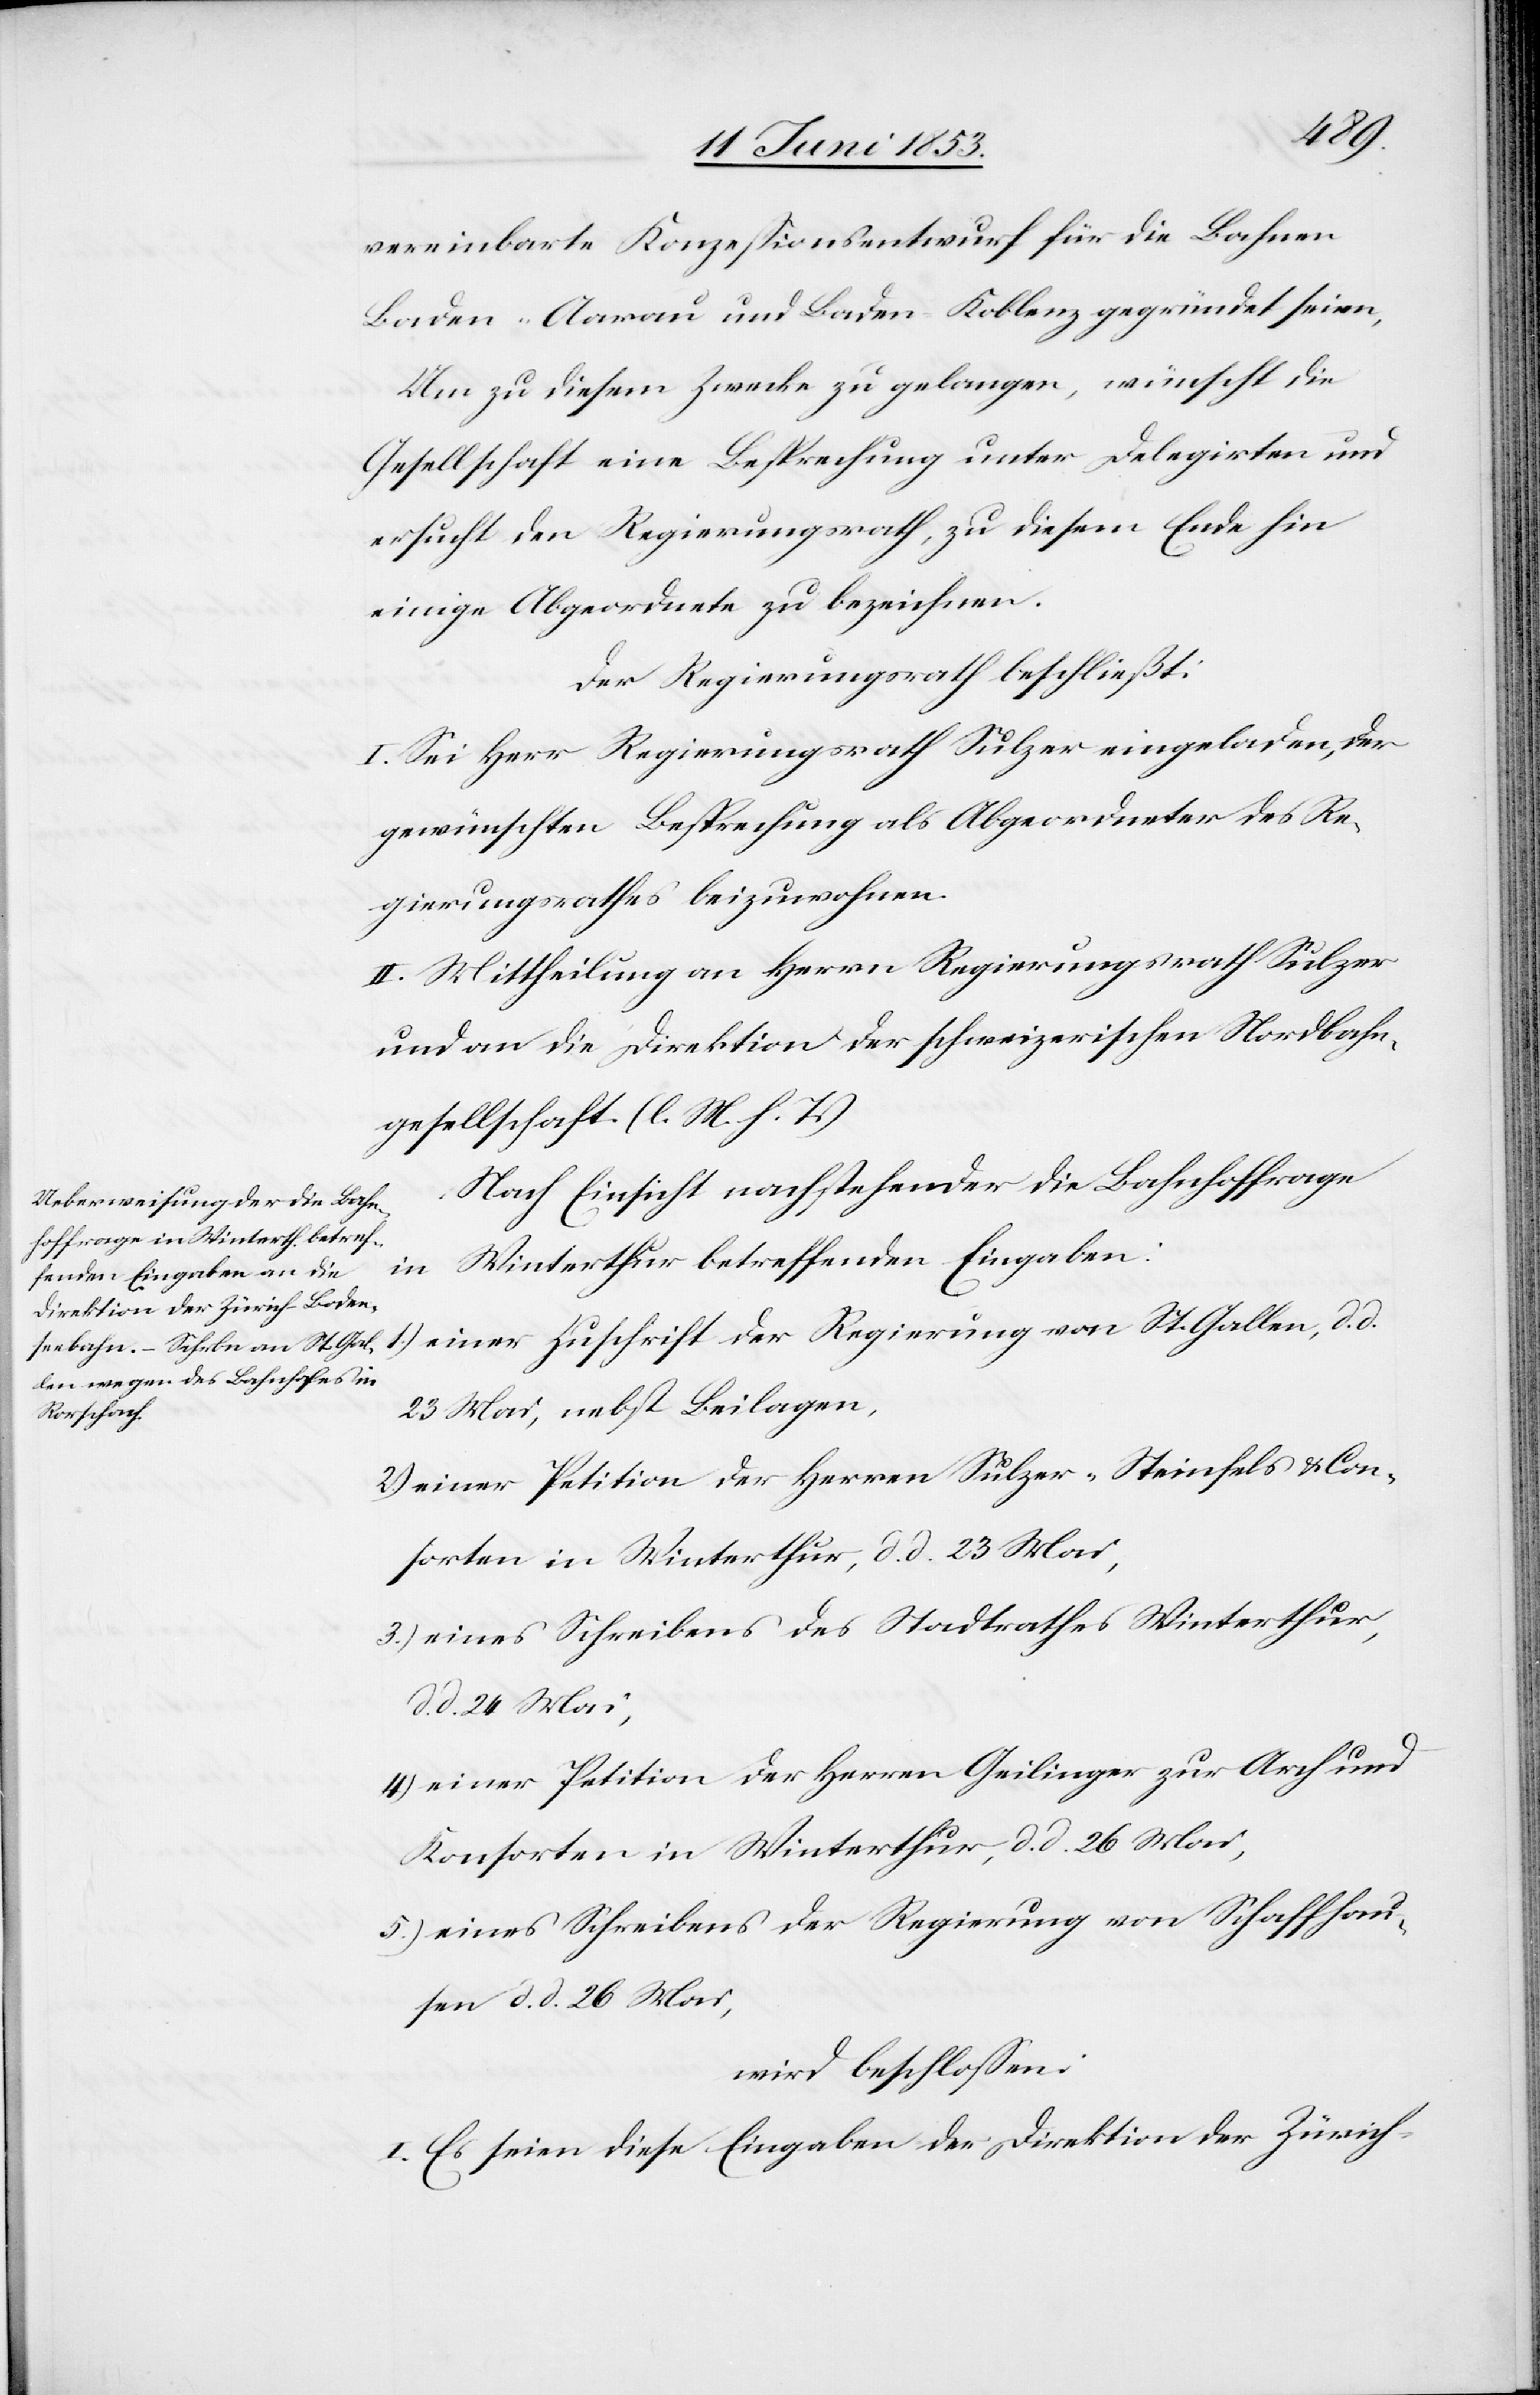
vereinbarte Konzeßionsentwurf für die Bahnen
Baden-Aarau und Baden-Koblenz gegründet seien.
Um zu diesem Zwecke zu gelangen, wünscht die
Gesellschaft eine Besprechung unter Delegirten und
ersucht den Regierungsrath, zu diesem Ende hin
einige Abgeordnete zu bezeichnen.
Der Regierungsrath beschließt:
I. Sei Herr Regierungsrath Sulzer eingeladen, der
gewünschten Besprechung als Abgeordneter des Re¬
gierungsrathes beizuwohnen.
II. Mittheilung an Herrn Regierungsrath Sulzer
und an die Direktion der schweizerischen Nordbahn¬
gesellschaft. [l. M. h. T]
Nach Einsicht nachstehender die Bahnhoffrage
in Winterthur betreffenden Eingaben:
1) einer Zuschrift der Regierung von St. Gallen, d. d.
23 Mai, nebst Beilagen,
2) einer Petition der Herrn Sulzer-Steinfels u. Con¬
sorten in Winterthur, d. d. 23 Mai,
3) eines Schreibens des Stadtrathes Winterthur,
d. d. 24 Mai,
4) einer Petition der Herrn Geilinger zur Arch und
Konsorten in Winterthur, d. d. 26 Mai,
5) eines Schreibens der Regierung von Schaffhau¬
sen d. d. 26 Mai,
wird beschloßen:
I. Es seien diese Eingaben der Direktion der Zürich-